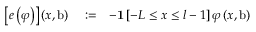
\begin{array} { r l r } { \left[ e \left( \varphi \right) \right] \left( x , \mathrm { b } \right) } & { { } : = } & { - \mathbf { 1 } \left[ - L \leq x \leq l - 1 \right] \varphi \left( x , \mathrm { b } \right) } \end{array}